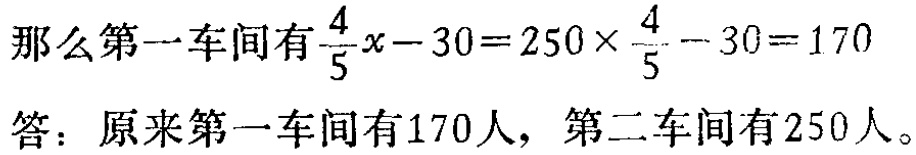
那么第一车间有\(\frac{4}{5}x - 30 = 250\times\frac{4}{5} - 30 = 170\)

答：原来第一车间有170人，第二车间有250人。